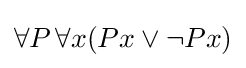
\forall P\,\forall x(Px\lor \neg Px)